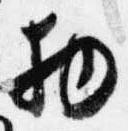
物